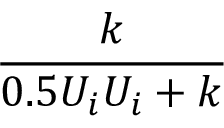
\frac { k } { 0 . 5 U _ { i } U _ { i } + k }